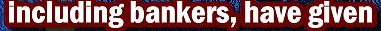
including bankers,have given